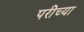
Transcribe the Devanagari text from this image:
परीच्या